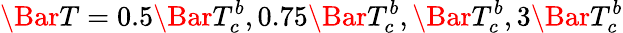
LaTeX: \Bar{T}=0.5\Bar{T}_{c}^{b},0.75\Bar{T}_{c}^{b},\Bar{T}_{c}^{b},3\Bar{T}_{c}^{b}